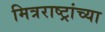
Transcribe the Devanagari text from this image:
मित्रराष्ट्रांच्या